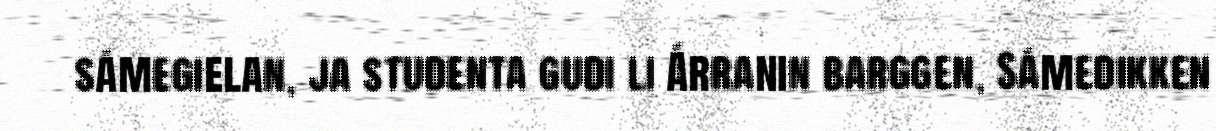
sámegielan, ja studenta gudi li Árranin barggen, Sámedikken